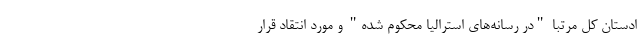
ادستان کل مرتبا "در رسانه‌های استرالیا محکوم شده" و مورد انتقاد قرار